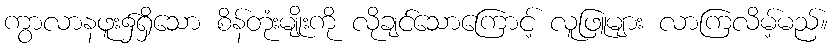
ကွာလာနဖူး၌ရှိသော စိန်တုံးမျိုးကို လိုချင်သောကြောင့် လူဖြူများ လာကြလိမ့်မည်။